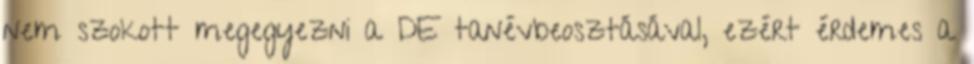
nem szokott megegyezni a DE tanévbeosztásával, ezért érdemes a